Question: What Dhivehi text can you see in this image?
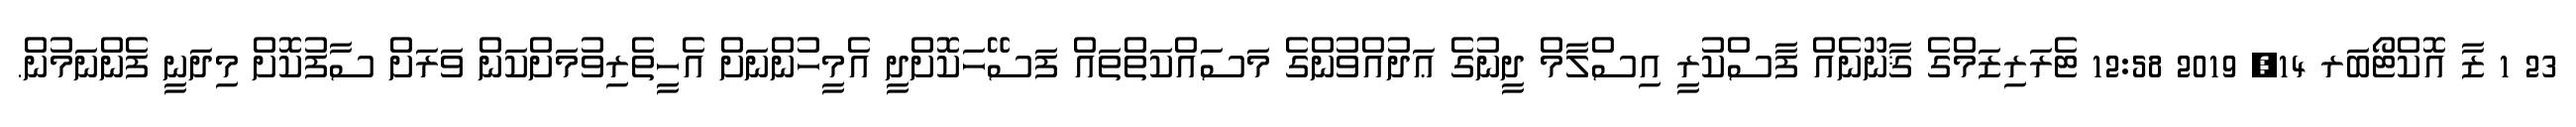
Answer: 23 1 ޒާ އޮކްޓޯބަރ 14, 2019 12:58 ޓެރަރިޒަމްގެ ޤާނޫނެއް ފާސްކުރީ އިސްލާމް ދީނުގެ ޢަދުއްވުންގެ މަސައްކަތްތައް ފަސޭހަކޮށްދީ އެމީހުންނަށް އެހީތެރިވުމަށްކަން ވަރަށް ސާފުކޮށް މިދަނީ ފެންނަމުން.